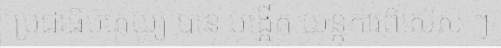
ប្រជាធិបតេយ្យ បាន បង្កើត យន្តការពិសេស ៗ